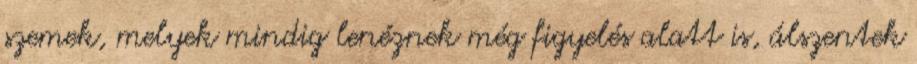
szemek, melyek mindig lenéznek még figyelés alatt is, álszentek